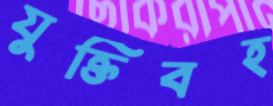
যুক্তিবহ